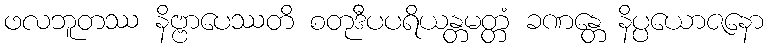
ဖလဘူတဿ နိဗ္ဗာပေဿတိ စတုဒီပပရိယန္တမတ္တံ ခဏန္တေ နိပ္ပယောဇနော